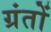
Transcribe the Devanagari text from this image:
ग्रंतों